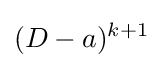
(D-a)^{k+1}\!